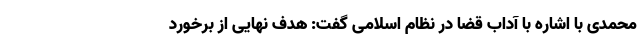
محمدی با اشاره با آداب قضا در نظام اسلامی گفت: هدف نهایی از برخورد